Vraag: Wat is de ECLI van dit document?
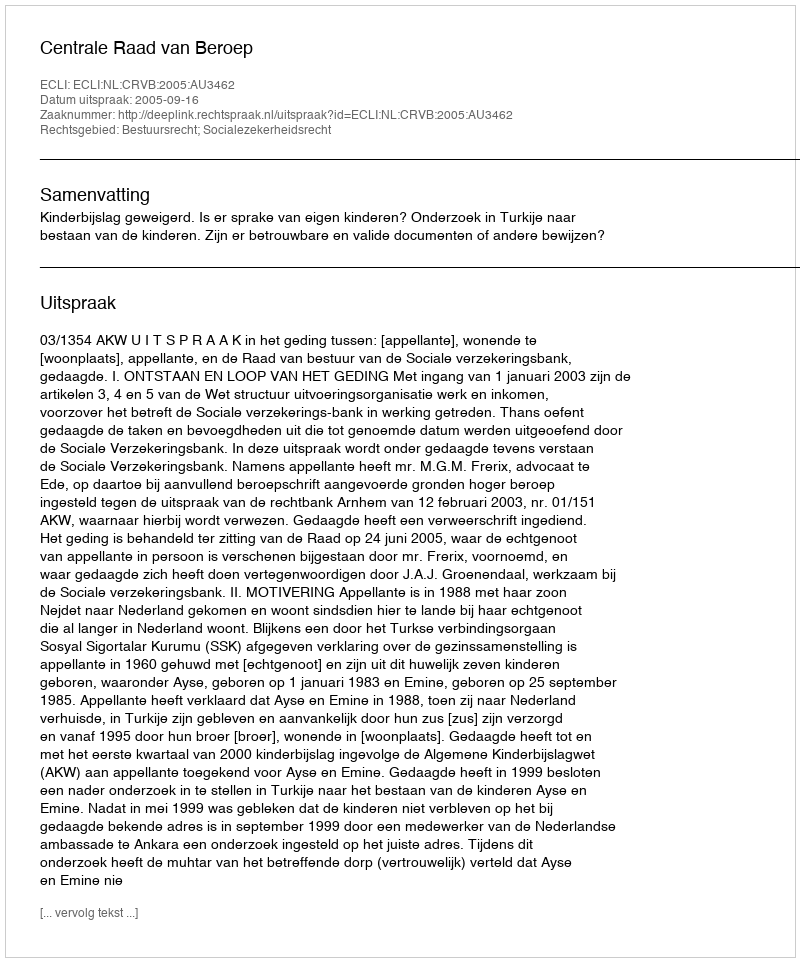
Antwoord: ECLI:NL:CRVB:2005:AU3462